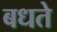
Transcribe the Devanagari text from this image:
बधते